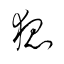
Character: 狐